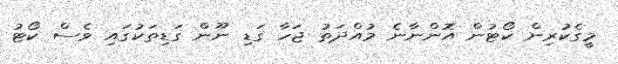
މީގެކުރިން ކޯޓުން އޮންނާނެ މުއްދަތު ޖަހާ ގަޑި ނޫން ގަޑިތަކުގައި ވެސް ކޯޓު